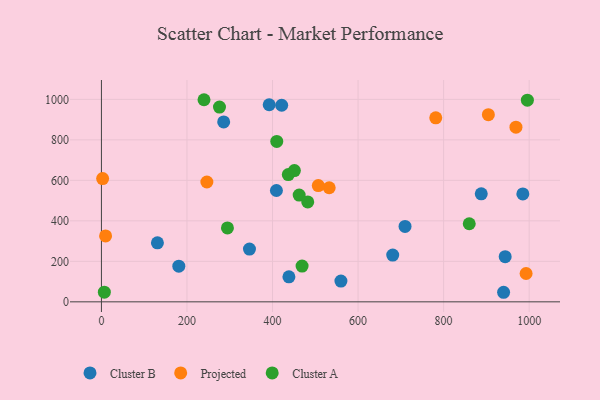
{"axis": {"x": "Engine Size", "y": "Profit"}, "legend": ["Cluster A", "Cluster B", "Projected"], "data": [{"x": "943.9", "y": 222.9, "type": "Cluster B"}, {"x": "130.9", "y": 291.7, "type": "Cluster B"}, {"x": "346.1", "y": 260.7, "type": "Cluster B"}, {"x": "888.0", "y": 533.5, "type": "Cluster B"}, {"x": "709.8", "y": 372.7, "type": "Cluster B"}, {"x": "985.2", "y": 533.0, "type": "Cluster B"}, {"x": "392.2", "y": 973.6, "type": "Cluster B"}, {"x": "438.3", "y": 123.5, "type": "Cluster B"}, {"x": "180.9", "y": 176.3, "type": "Cluster B"}, {"x": "681.0", "y": 231.0, "type": "Cluster B"}, {"x": "409.1", "y": 549.8, "type": "Cluster B"}, {"x": "940.2", "y": 47.2, "type": "Cluster B"}, {"x": "559.9", "y": 102.6, "type": "Cluster B"}, {"x": "421.4", "y": 971.0, "type": "Cluster B"}, {"x": "285.8", "y": 888.7, "type": "Cluster B"}, {"x": "532.5", "y": 563.5, "type": "Projected"}, {"x": "992.8", "y": 139.9, "type": "Projected"}, {"x": "781.6", "y": 909.0, "type": "Projected"}, {"x": "507.0", "y": 574.3, "type": "Projected"}, {"x": "904.6", "y": 924.4, "type": "Projected"}, {"x": "246.5", "y": 591.8, "type": "Projected"}, {"x": "9.7", "y": 325.3, "type": "Projected"}, {"x": "969.1", "y": 862.8, "type": "Projected"}, {"x": "2.8", "y": 608.7, "type": "Projected"}, {"x": "462.3", "y": 527.4, "type": "Cluster A"}, {"x": "436.9", "y": 628.8, "type": "Cluster A"}, {"x": "859.9", "y": 385.8, "type": "Cluster A"}, {"x": "409.9", "y": 792.1, "type": "Cluster A"}, {"x": "995.8", "y": 996.0, "type": "Cluster A"}, {"x": "6.8", "y": 47.7, "type": "Cluster A"}, {"x": "294.6", "y": 365.0, "type": "Cluster A"}, {"x": "482.3", "y": 493.5, "type": "Cluster A"}, {"x": "451.1", "y": 648.1, "type": "Cluster A"}, {"x": "469.1", "y": 176.8, "type": "Cluster A"}, {"x": "239.8", "y": 998.3, "type": "Cluster A"}, {"x": "276.0", "y": 962.1, "type": "Cluster A"}]}